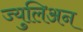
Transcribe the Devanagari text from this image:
ज्युलिअन